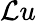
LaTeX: \mathcal{L}u